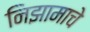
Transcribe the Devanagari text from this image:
निझामाचे